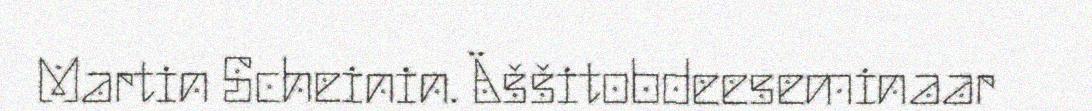
Martin Scheinin. Äššitobdeeseminaar